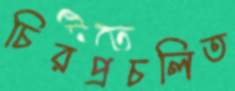
চিরপ্রচলিত